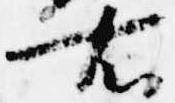
右